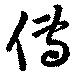
傳